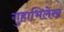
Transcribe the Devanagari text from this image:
गुहाभिलेख